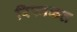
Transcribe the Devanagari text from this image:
रिफाकत